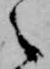
之